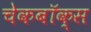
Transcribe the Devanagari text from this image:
चेकबॉक्स